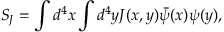
S _ { J } = \int d ^ { 4 } x \int d ^ { 4 } y J ( x , y ) \bar { \psi } ( x ) \psi ( y ) ,